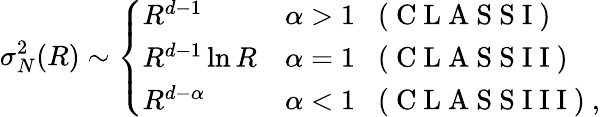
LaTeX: \sigma_{N}^{2}(R)\sim\left\{ \begin{array}{ll}{R^{d-1}}&{\alpha>1\; \; \mathrm{~(~C~L~A~S~S~I~)~}}\\ {R^{d-1}\ln R}&{\alpha=1\; \; \mathrm{~(~C~L~A~S~S~I~I~)~}}\\ {R^{d-\alpha}}&{\alpha<1\; \; \mathrm{~(~C~L~A~S~S~I~I~I~)~},}\end{array}\right.